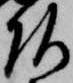
頭